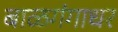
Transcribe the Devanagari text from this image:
बाळगंगाधर